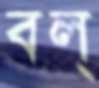
বল্